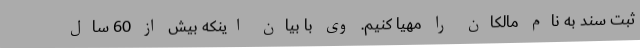
ثبت سند به نام مالکان را مهیا کنیم. وی با بیان اینکه بیش از 60 سال